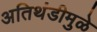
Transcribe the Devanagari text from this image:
अतिथंडीमुळे